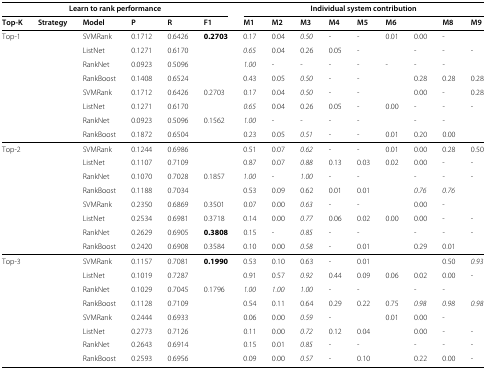
<table><thead><tr><td colspan="6"><b>Learn to rank performance</b></td><td colspan="9"><b>Individual system contribution</b></td></tr><tr><td><b>Top-K</b></td><td><b>Strategy</b></td><td><b>Model</b></td><td><b>P</b></td><td><b>R</b></td><td><b>F1</b></td><td><b>M1</b></td><td><b>M2</b></td><td><b>M3</b></td><td><b>M4</b></td><td><b>M5</b></td><td><b>M6</b></td><td>[EMPTY_CELL]</td><td><b>M8</b></td><td><b>M9</b></td></tr></thead><tbody><tr><td>Top-1</td><td>[EMPTY_CELL]</td><td>SVMRank</td><td>0.1712</td><td>0.6426</td><td><b>0.2703</b></td><td>0.17</td><td>0.04</td><td><i>0.50</i></td><td>-</td><td>-</td><td>0.01</td><td>0.00</td><td>-</td><td>[EMPTY_CELL]</td></tr><tr><td>[EMPTY_CELL]</td><td>[EMPTY_CELL]</td><td>ListNet</td><td>0.1271</td><td>0.6170</td><td>[EMPTY_CELL]</td><td><i>0.65</i></td><td>0.04</td><td>0.26</td><td>0.05</td><td>-</td><td>[EMPTY_CELL]</td><td>-</td><td>-</td><td>-</td></tr><tr><td>[EMPTY_CELL]</td><td>[EMPTY_CELL]</td><td>RankNet</td><td>0.0923</td><td>0.5096</td><td>[EMPTY_CELL]</td><td><i>1.00</i></td><td>-</td><td>-</td><td>-</td><td>-</td><td>-</td><td>-</td><td>-</td><td>[EMPTY_CELL]</td></tr><tr><td>[EMPTY_CELL]</td><td>[EMPTY_CELL]</td><td>RankBoost</td><td>0.1408</td><td>0.6524</td><td>[EMPTY_CELL]</td><td>0.43</td><td>0.05</td><td><i>0.50</i></td><td>-</td><td>-</td><td>[EMPTY_CELL]</td><td>0.28</td><td>0.28</td><td>0.28</td></tr><tr><td>[EMPTY_CELL]</td><td>[EMPTY_CELL]</td><td>SVMRank</td><td>0.1712</td><td>0.6426</td><td>0.2703</td><td>0.17</td><td>0.04</td><td><i>0.50</i></td><td>-</td><td>-</td><td>[EMPTY_CELL]</td><td>0.00</td><td>-</td><td>0.28</td></tr><tr><td>[EMPTY_CELL]</td><td>[EMPTY_CELL]</td><td>ListNet</td><td>0.1271</td><td>0.6170</td><td>[EMPTY_CELL]</td><td><i>0.65</i></td><td>0.04</td><td>0.26</td><td>0.05</td><td>-</td><td>0.00</td><td>-</td><td>-</td><td>-</td></tr><tr><td>[EMPTY_CELL]</td><td>[EMPTY_CELL]</td><td>RankNet</td><td>0.0923</td><td>0.5096</td><td>0.1562</td><td><i>1.00</i></td><td>-</td><td>-</td><td>-</td><td>-</td><td>[EMPTY_CELL]</td><td>-</td><td>-</td><td>[EMPTY_CELL]</td></tr><tr><td>[EMPTY_CELL]</td><td>[EMPTY_CELL]</td><td>RankBoost</td><td>0.1872</td><td>0.6504</td><td>[EMPTY_CELL]</td><td>0.23</td><td>0.05</td><td><i>0.51</i></td><td>-</td><td>-</td><td>0.01</td><td>0.20</td><td>0.00</td><td>[EMPTY_CELL]</td></tr><tr><td>Top-2</td><td>[EMPTY_CELL]</td><td>SVMRank</td><td>0.1244</td><td>0.6986</td><td>[EMPTY_CELL]</td><td>0.51</td><td>0.07</td><td><i>0.62</i></td><td>-</td><td>-</td><td>0.01</td><td>0.00</td><td>0.28</td><td>0.50</td></tr><tr><td>[EMPTY_CELL]</td><td>[EMPTY_CELL]</td><td>ListNet</td><td>0.1107</td><td>0.7109</td><td>[EMPTY_CELL]</td><td>0.87</td><td>0.07</td><td><i>0.88</i></td><td>0.13</td><td>0.03</td><td>0.02</td><td>0.00</td><td>-</td><td>-</td></tr><tr><td>[EMPTY_CELL]</td><td>[EMPTY_CELL]</td><td>RankNet</td><td>0.1070</td><td>0.7028</td><td>0.1857</td><td><i>1.00</i></td><td>-</td><td><i>1.00</i></td><td>-</td><td>-</td><td>[EMPTY_CELL]</td><td>-</td><td>-</td><td>-</td></tr><tr><td>[EMPTY_CELL]</td><td>[EMPTY_CELL]</td><td>RankBoost</td><td>0.1188</td><td>0.7034</td><td>[EMPTY_CELL]</td><td>0.53</td><td>0.09</td><td>0.62</td><td>0.01</td><td>0.01</td><td>[EMPTY_CELL]</td><td><i>0.76</i></td><td><i>0.76</i></td><td>[EMPTY_CELL]</td></tr><tr><td>[EMPTY_CELL]</td><td>[EMPTY_CELL]</td><td>SVMRank</td><td>0.2350</td><td>0.6869</td><td>0.3501</td><td>0.07</td><td>0.00</td><td><i>0.63</i></td><td>-</td><td>-</td><td>[EMPTY_CELL]</td><td>0.00</td><td>-</td><td>[EMPTY_CELL]</td></tr><tr><td>[EMPTY_CELL]</td><td>[EMPTY_CELL]</td><td>ListNet</td><td>0.2534</td><td>0.6981</td><td>0.3718</td><td>0.14</td><td>0.00</td><td><i>0.77</i></td><td>0.06</td><td>0.02</td><td>0.00</td><td>0.00</td><td>-</td><td>-</td></tr><tr><td>[EMPTY_CELL]</td><td>[EMPTY_CELL]</td><td>RankNet</td><td>0.2629</td><td>0.6905</td><td><b>0.3808</b></td><td>0.15</td><td>-</td><td><i>0.85</i></td><td>-</td><td>-</td><td>[EMPTY_CELL]</td><td>-</td><td>-</td><td>-</td></tr><tr><td>[EMPTY_CELL]</td><td>[EMPTY_CELL]</td><td>RankBoost</td><td>0.2420</td><td>0.6908</td><td>0.3584</td><td>0.10</td><td>0.00</td><td><i>0.58</i></td><td>-</td><td>0.01</td><td>[EMPTY_CELL]</td><td>0.29</td><td>0.01</td><td>[EMPTY_CELL]</td></tr><tr><td>Top-3</td><td>[EMPTY_CELL]</td><td>SVMRank</td><td>0.1157</td><td>0.7081</td><td><b>0.1990</b></td><td>0.53</td><td>0.10</td><td>0.63</td><td>-</td><td>0.01</td><td>[EMPTY_CELL]</td><td>[EMPTY_CELL]</td><td>0.50</td><td><i>0.93</i></td></tr><tr><td>[EMPTY_CELL]</td><td>[EMPTY_CELL]</td><td>ListNet</td><td>0.1019</td><td>0.7287</td><td>[EMPTY_CELL]</td><td>0.91</td><td>0.57</td><td><i>0.92</i></td><td>0.44</td><td>0.09</td><td>0.06</td><td>0.02</td><td>0.00</td><td>-</td></tr><tr><td>[EMPTY_CELL]</td><td>[EMPTY_CELL]</td><td>RankNet</td><td>0.1029</td><td>0.7045</td><td>0.1796</td><td><i>1.00</i></td><td><i>1.00</i></td><td><i>1.00</i></td><td>-</td><td>-</td><td>[EMPTY_CELL]</td><td>-</td><td>-</td><td>[EMPTY_CELL]</td></tr><tr><td>[EMPTY_CELL]</td><td>[EMPTY_CELL]</td><td>RankBoost</td><td>0.1128</td><td>0.7109</td><td>[EMPTY_CELL]</td><td>0.54</td><td>0.11</td><td>0.64</td><td>0.29</td><td>0.22</td><td>0.75</td><td><i>0.98</i></td><td><i>0.98</i></td><td><i>0.98</i></td></tr><tr><td>[EMPTY_CELL]</td><td>[EMPTY_CELL]</td><td>SVMRank</td><td>0.2444</td><td>0.6933</td><td>[EMPTY_CELL]</td><td>0.06</td><td>0.00</td><td><i>0.59</i></td><td>-</td><td>[EMPTY_CELL]</td><td>0.01</td><td>0.00</td><td>-</td><td>[EMPTY_CELL]</td></tr><tr><td>[EMPTY_CELL]</td><td>[EMPTY_CELL]</td><td>ListNet</td><td>0.2773</td><td>0.7126</td><td>[EMPTY_CELL]</td><td>0.11</td><td>0.00</td><td><i>0.72</i></td><td>0.12</td><td>0.04</td><td>[EMPTY_CELL]</td><td>0.00</td><td>-</td><td>-</td></tr><tr><td>[EMPTY_CELL]</td><td>[EMPTY_CELL]</td><td>RankNet</td><td>0.2643</td><td>0.6914</td><td>[EMPTY_CELL]</td><td>0.15</td><td>0.01</td><td><i>0.85</i></td><td>-</td><td>-</td><td>[EMPTY_CELL]</td><td>-</td><td>-</td><td>-</td></tr><tr><td>[EMPTY_CELL]</td><td>[EMPTY_CELL]</td><td>RankBoost</td><td>0.2593</td><td>0.6956</td><td>[EMPTY_CELL]</td><td>0.09</td><td>0.00</td><td><i>0.57</i></td><td>-</td><td>0.10</td><td>[EMPTY_CELL]</td><td>0.22</td><td>0.00</td><td>-</td></tr></tbody></table>